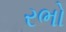
રભો